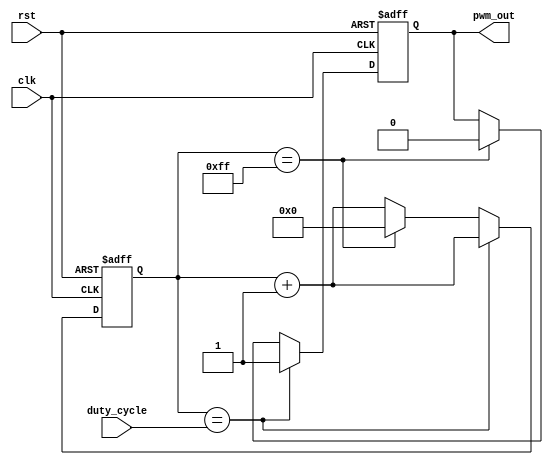
module pwm_pulse_generator (
  input wire clk,
  input wire rst,
  input wire [7:0] duty_cycle,
  output reg pwm_out
);

reg [7:0] count;
reg pwm_signal;

always @(posedge clk or posedge rst) begin
  if (rst) begin
    count <= 0;
    pwm_signal <= 0;
  end else begin
    count <= count + 1;
    
    if (count == duty_cycle) begin
      pwm_signal <= 1;
    end else if (count == 255) begin
      pwm_signal <= 0;
      count <= 0;
    end
  end
end

assign pwm_out = pwm_signal;

endmodule